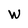
Character: W